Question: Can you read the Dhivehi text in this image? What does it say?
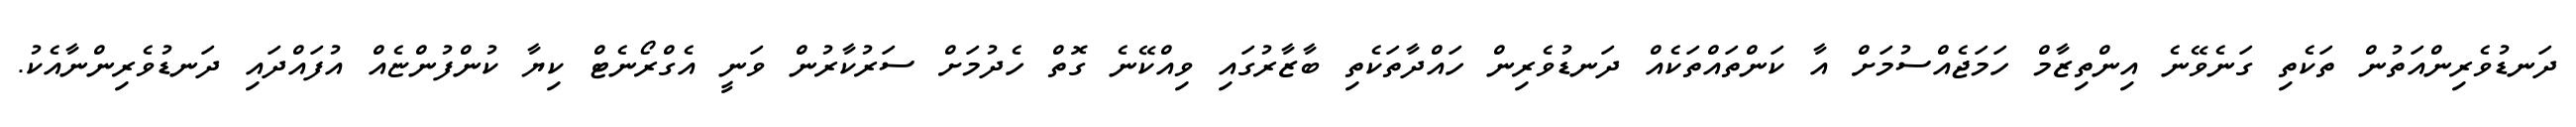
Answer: ދަނޑުވެރިންއަތުން ތަކެތި ގަނެވޭނެ އިންތިޒާމް ހަމަޖެއްސުމަށް އާ ކަންތައްތަކެއް ދަނޑުވެރިން ހައްދާތަކެތި ބާޒާރުގައި ވިއްކޭނެ ގޮތް ހެދުމަށް ސަރުކާރުން ވަނީ އެގްރޯނެޓް ކިޔާ ކުންފުންޏެއް އުފައްދައި ދަނޑުވެރިންނާއެކު.